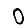
Digit: 0